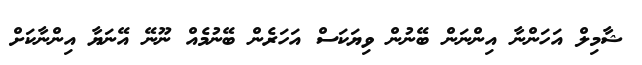
ޝާމިލް އަހަންނާ އިންނަން ބޭނުން ވިޔަކަސް އަހަރެން ބޭނުމެއް ނޫނޭ އޭނަޔާ އިންނާކަށް